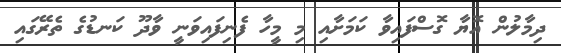
ދިމާލުން އޮޔާ ގޮސްފައިވާ ކަމަށާއި މި މީހާ ފެނިފައިވަނީ ވާދޫ ކަނޑުގެ ތެރޭގައި